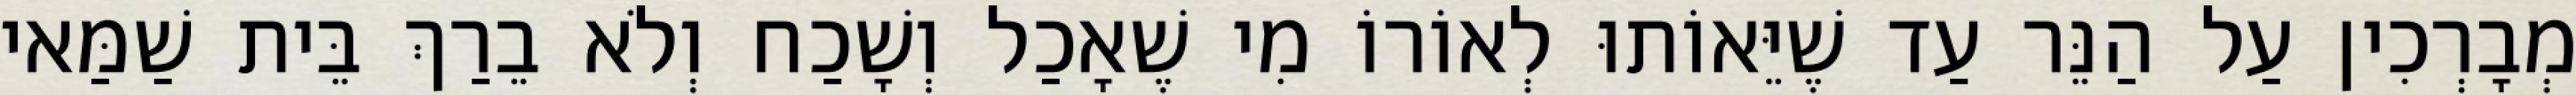
מְבָרְכִין עַל הַנֵּר עַד שֶׁיֵּאוֹתוּ לְאוֹרוֹ מִי שֶׁאָכַל וְשָׁכַח וְלֹא בֵרַךְ בֵּית שַׁמַּאי